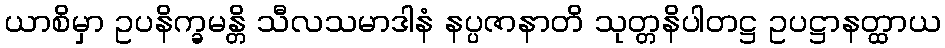
ယာစိမှာ ဥပနိက္ခမန္တိ သီလသမာဒါနံ နပ္ပဇာနာတိ သုတ္တနိပါတဋ္ဌ ဥပဋ္ဌာနတ္ထာယ